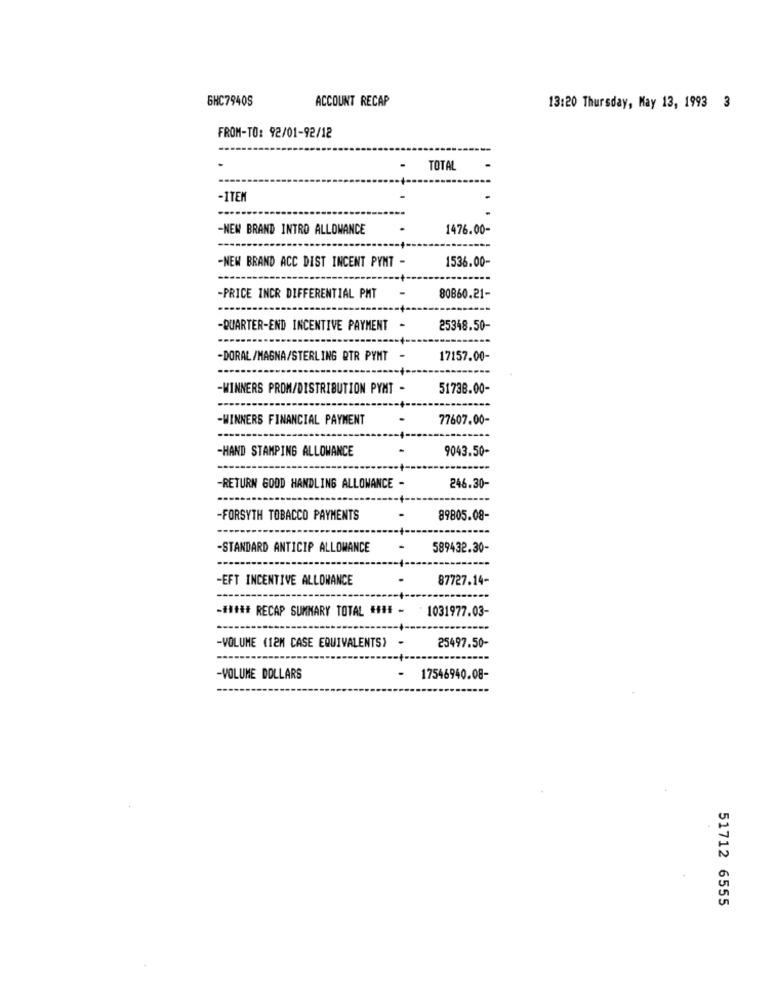
6HC79405
ACCOUNT RECAP
13:20 Thursday, May 13, 1993 3
FROM-TO: 92/01-92/12
TOTAL
-ITEM
-NEW BRAND INTRO ALLOWANCE
1476.00-
-NEW BRAND ACC DIST INCENT PYNT -
1536.00-
-PRICE INCR DIFFERENTIAL PMT
80860.21-
-QUARTER-END INCENTIVE PAYMENT -
25348.50-
-DORAL /MAGNA/STERLING DTR PYMT -
17157.00-
-WINNERS PROM/DISTRIBUTION PYMT -
51738.00-
-WINNERS FINANCIAL PAYMENT
-
77607.00-
9043.50-
-HAND STAMPING ALLOWANCE
-RETURN GOOD HANDLING ALLOWANCE -
246.30-
-FORSYTH TOBACCO PAYMENTS
-
89805.08-
-STANDARD ANTICIP ALLOWANCE
589432.30-
-EFT INCENTIVE ALLOWANCE
87727.14-
-##### RECAP SUMMARY TOTAL #### -
1031977.03-
-VOLUME (12M CASE EQUIVALENTS) -
25497.50-
-
-VOLUME DOLLARS
17546940.08-
51712 6555